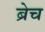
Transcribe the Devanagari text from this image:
ब्रेच